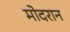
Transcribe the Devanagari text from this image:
मोदरान